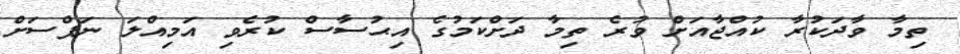
ތިމާ ވާދަކުރާ ކުއްޖާއަށް ވުރެ ތިމާ ދަށްކަމުގެ އިޙުސާސް ކުރެވި އަމިއްލަ ނަފްސަށް